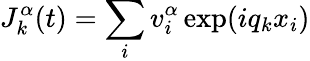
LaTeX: J_{k}^{\alpha}(t)=\sum_{i}v_{i}^{\alpha}\exp(iq_{k}x_{i})